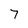
Character: 7